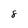
Character: 8